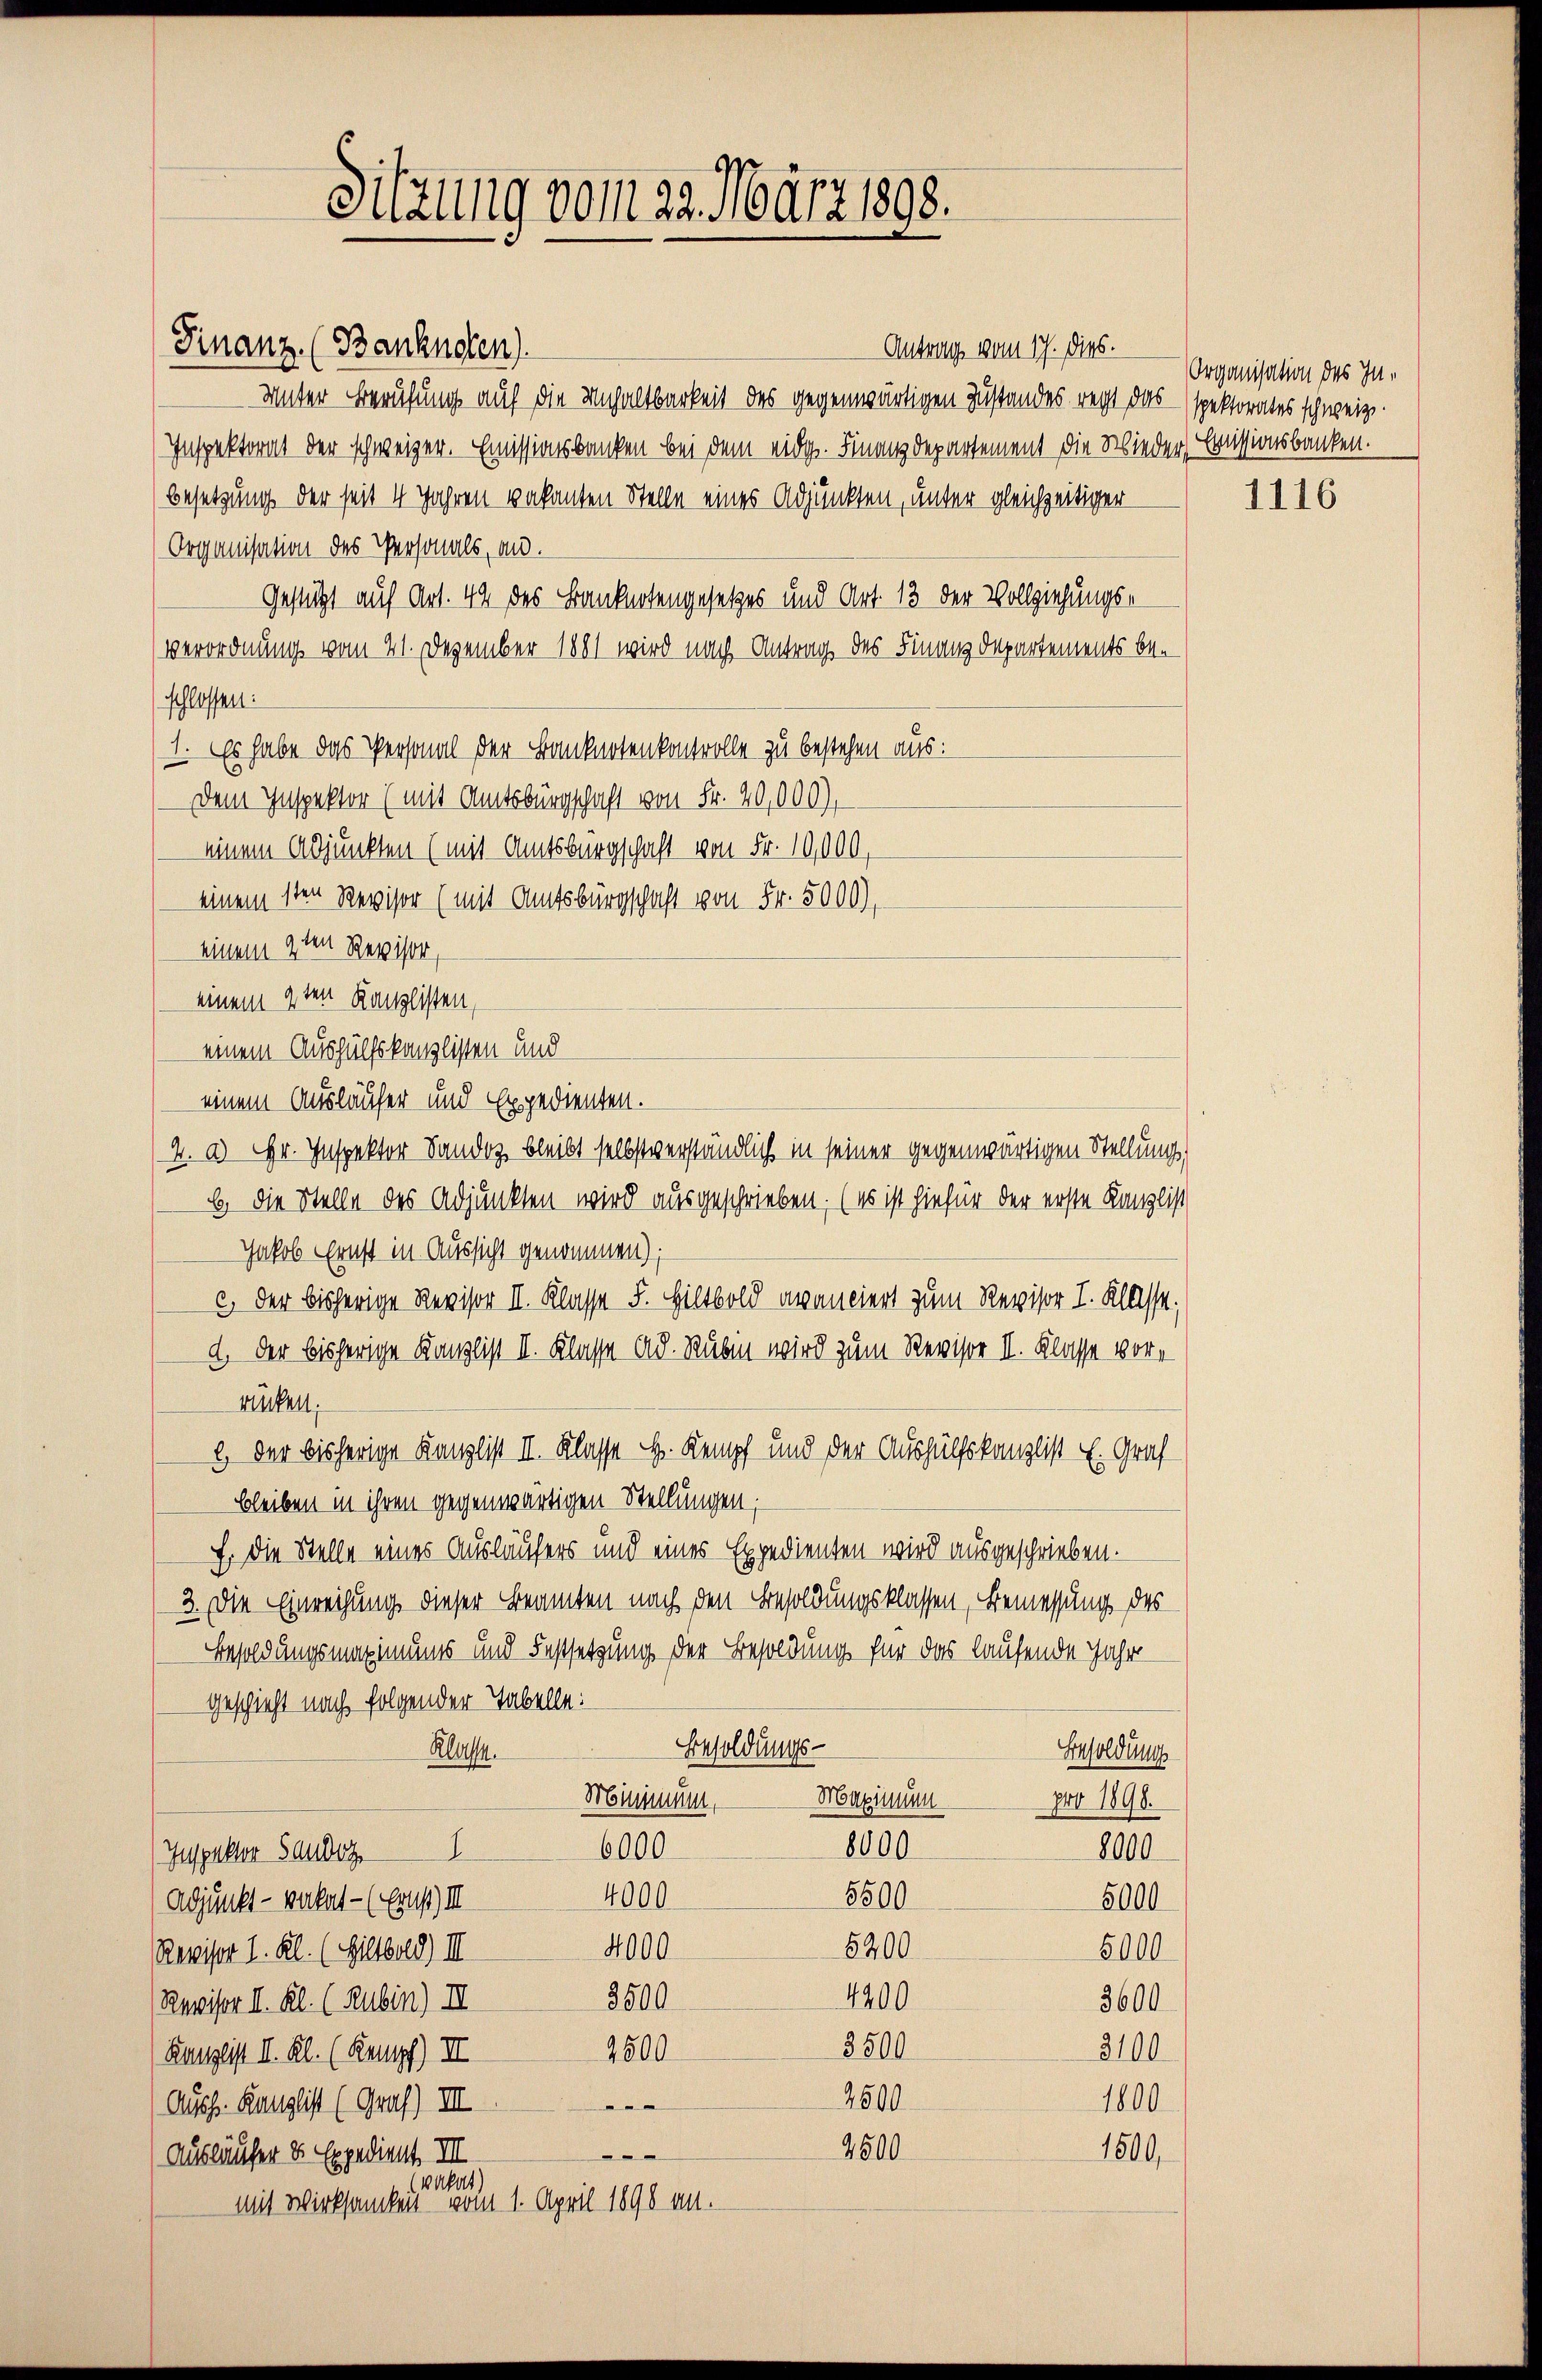
Sitzung vom 22. März 1898.

Finanz. (Banknoten).
Antrag vom 17. dies.
Unter Berufung auf die Unhaltbarkeit des gegenwärtigen Zustandes recht das spektorates schweize
Inspektorat der schweizer. Emissionsbanken bei dem eidg. Finanzdepartement die Wieder Emissionsbanken.
Besetzung der seit 4 Jahren vakanten Stelle eines Adjunkten, unter gleichzeitiger
Organisation des Personals, an.
Gestützt auf Art. 44 des Banknotengesetzes und Art. 13 der Vollziehungs¬
Verordnung vom 21. Dezember 1881 wird nach Antrag des Finanzdepartements beschlossen:
1. Es habe das Personal der Banknotenkontrolle zu bestehen aus:
Dem Inspektor (mit Amtsbürgschaft von Fr. 40,000),
einem Adjunkten (mit Amtsbürgschaft von Fr. 10,000,
einem sten Revisor (mit Amtsbürgschaft von Fr. 5000),
einem 4ten Revisor,
einem 9ten Kanzlisten,
einem Aushülfskanzlisten und
einem Ausläufer und Expedienten.
2. a. Hr. Inspektor Sandos bleibt selbstverständlich in seiner gegenwärtigen Stellung,
b. die Stelle des Adjunkten wird ausgeschrieben. (es ist hiefür der erste Kanzlist
Jakob Ernst in Aussicht genommen);
c) der bisherige Revisor II. Klasse F. Hiltbold avanciert zum Revisor I. Klasse:
a. Der bisherige Kanzlist II. Klasse ad. Rubin wird zum Revisor II. Klasse vor-
rüken.
2) der bisherige Kanzlist II. Klasse H. Kempf und der Aushülfskanzlist E. Graf
bleiben in ihren gegenwärtigen Stellungen;
E. Die Stelle eines Ausläufers und eines Expedienten wird ausgeschrieben.
3. Die Einreichung dieser Beamten nach den Besoldungsklassen, Bemessung des
Besoldungsmaximums und Festsetzung der Besoldung für das laufende Jahr
Geschieht nach folgender Tabelle:
Besoldungs-
Klasse.
Besoldung
Minimum. Maximum
pro 1898.
8000
6000
8000
Iuspalter Sauder 1
5500
4000.
5000
Adjunkt - verkat- (Erus) III
4000
5200
5000
Revisor I. Kl. (Siltbold) II
4200
2500
3600
Revisor II. Kl. (Rubin) II
3500
3100
1500
Kanzlist II. Kl. (Kampf) II
2500
1800
.
Auss. Kanzlist (Graf) III
2500
1500
.
Ausläufer 8 Expedient. III
Akat)
mit Wirksamkeit vom 1. April 1898 an.

Organisation des In¬

1116